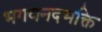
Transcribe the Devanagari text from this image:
भगवनदभक्ति